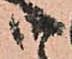
候